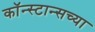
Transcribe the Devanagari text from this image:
कॉन्स्टान्सच्या